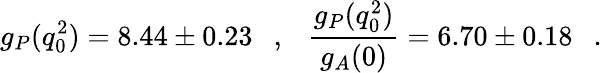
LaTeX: g_{P}(q_{0}^{2})=8.44\pm 0.23\ \ \ ,\ \ \ \frac{g_{P}(q_{0}^{2})}{g_{A}(0)}=6.70\pm 0.18\ \ \ .